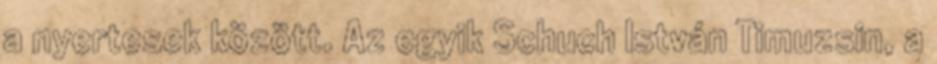
a nyertesek között. Az egyik Schuch István Timuzsin, a